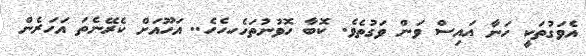
އެވަގުތަކީ ހަނާ އައިސް ވަން ވަގުތެވެ. ކޮބާ ހޮވުނުތަހެހހެހެ.. އަހޫއަށް ކެރޭނެތަ އަހަރެން